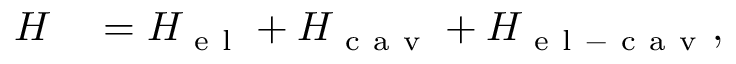
\begin{array} { r l } { H } & { { } = H _ { \mathrm { ~ e ~ l ~ } } + H _ { \mathrm { ~ c ~ a ~ v ~ } } + H _ { \mathrm { ~ e ~ l ~ - ~ c ~ a ~ v ~ } } , } \end{array}